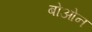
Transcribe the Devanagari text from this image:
बोओन